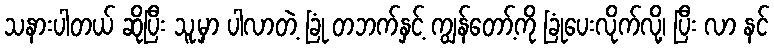
သနားပါတယ် ဆိုပြီး သူ့မှာ ပါလာတဲ့ ခြုံ တဘက်နှင့် ကျွန်တော့်ကို ခြုံပေးလိုက်လို့၊ ပြီး လာ နင်